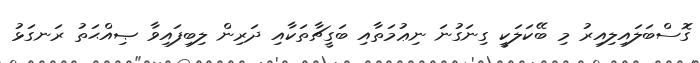
ގޮސްބަލައިލިއިރު މި ބޭކަލަކީ ގިނަގުނަ ނިޢުމަތާއި ބަގީޗާތަކާއި ދަރިން ލިބިފައިވާ ޞިއްޙަތު ރަނގަޅު